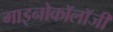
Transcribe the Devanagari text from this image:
गाइनोकॉलॉजी